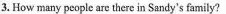
3. How many people are there in Sandy's family?